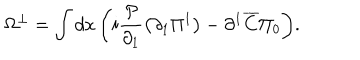
LaTeX: \Omega ^ { \bot } = \int { d x \left( { i \frac { { \cal P } } { { \partial _ { 1 } } } \left( { \partial _ { 1 } \Pi ^ { 1 } } \right) - \partial ^ { 1 } \overline { { C } } \Pi _ { 0 } } \right) } .